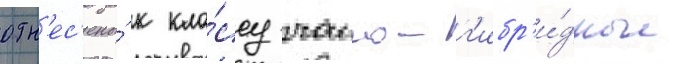
отн'ес'ены́ к кла́ссу чаино-г'ибр'и́дные